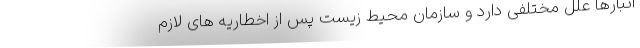
انبارها علل مختلفی دارد و سازمان محیط زیست پس از اخطاریه های لازم